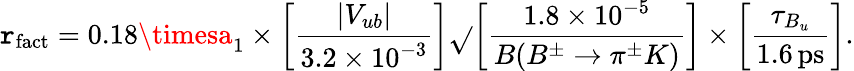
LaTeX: \mathtt{r}_{\mathrm{{fact}}}=0.18\timesa_{1}\times\left[\frac{{|V_{ub}|}}{{3.2\times10^{-3}}}\right]\sqrt{}{{\left[\frac{{1.8\times10^{-5}}}{{B(B^{\pm}\to\pi^{\pm}K)}}\right]\times\left[\frac{{\tau_{B_{u}}}}{{1.6\, \mathrm{{ps}}}}\right]}}.